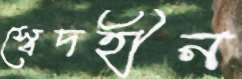
স্বেদহীন